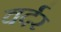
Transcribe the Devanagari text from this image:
वर्दर